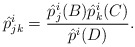
\begin{align*}\hat{p}^i_{jk} = \frac{\hat{p}^i_j(B) \hat{p}^i_k(C)}{\hat{p}^i(D)}.\end{align*}